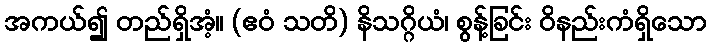
အကယ်၍ တည်ရှိအံ့။ (ဧဝံ သတိ) နိသဂ္ဂိယံ၊ စွန့်ခြင်း ဝိနည်းကံရှိသော